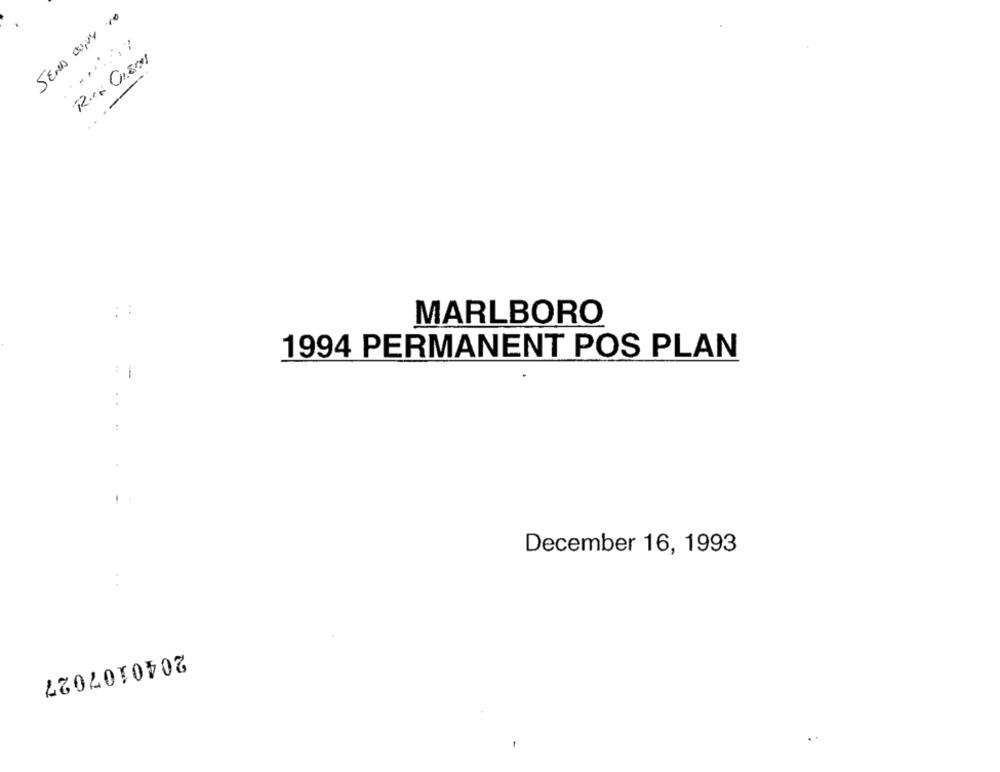
SEND 0004 10
MARLBORO
1994 PERMANENT POS PLAN
:
:
December 16, 1993
2040107027